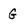
Character: G